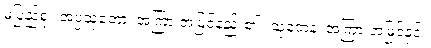
မပြည့်စုံ။ အပ္ပသုတော၊ အကြားအမြင်နည်း၏။ သုတေန၊ အကြားအမြင်နှင့်။